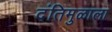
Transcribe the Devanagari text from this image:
दंतिमुळाला